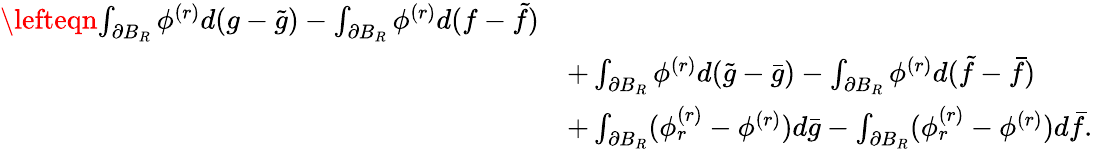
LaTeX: \begin{array}{rl}{\lefteqn{\int_{\partial B_{R}}\phi^{(r)}d(g-\tilde{g})-\int_{\partial B_{R}}\phi^{(r)}d(f-\tilde{f})}}\\ &{+\int_{\partial B_{R}}\phi^{(r)}d(\tilde{g}-\bar{g})-\int_{\partial B_{R}}\phi^{(r)}d(\tilde{f}-\bar{f})}\\ &{+\int_{\partial B_{R}}(\phi_{r}^{(r)}-\phi^{(r)})d\bar{g}-\int_{\partial B_{R}}(\phi_{r}^{(r)}-\phi^{(r)})d\bar{f}.}\end{array}